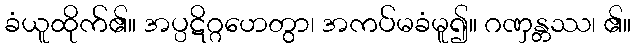
ခံယူထိုက်၏။ အပ္ပဋိဂ္ဂဟေတွာ၊ အကပ်မခံမူ၍။ ဂဏှန္တဿ၊ ၏။